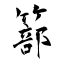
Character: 篰